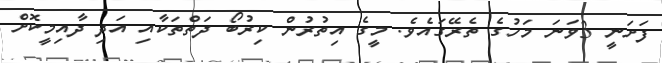
ފަށަނީ 3ވަނަ މަހުގެ ތެރޭގައެވެ. މީގެ އިތުރުން ކިރުބޯ ދަތްތަކާއި އަދި ދާއިމީކޮށް